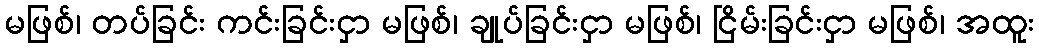
မဖြစ်၊ တပ်ခြင်း ကင်းခြင်းငှာ မဖြစ်၊ ချုပ်ခြင်းငှာ မဖြစ်၊ ငြိမ်းခြင်းငှာ မဖြစ်၊ အထူး